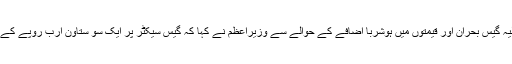
ملک میں حالیہ گیس بحران اور قیمتوں میں ہوشربا اضافے کے حوالے سے وزیراعظم نے کہا کہ گیس سیکٹر پر ایک سو ستاون ارب روپے کے قرضے ہیں۔